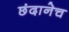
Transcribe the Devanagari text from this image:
छंदानेच